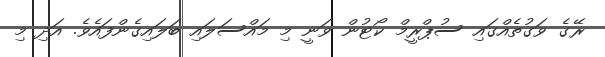
ރޭގެ ވަގުތެއްގައި ސުޕްރީމް ކޯޓުން ވަނީ މި މައްސަލައި ބަލައިގެންފައެވެ. އަދި މި